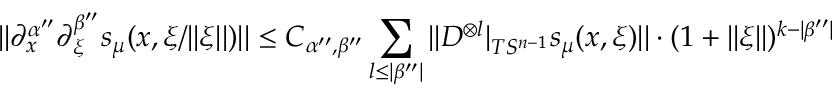
| | \partial _ { x } ^ { \alpha ^ { \prime \prime } } \partial _ { \xi } ^ { \beta ^ { \prime \prime } } s _ { \mu } ( x , \xi / | | \xi | | ) | | \leq C _ { \alpha ^ { \prime \prime } , \beta ^ { \prime \prime } } \sum _ { l \leq | \beta ^ { \prime \prime } | } | | D ^ { \otimes l } | _ { T S ^ { n - 1 } } s _ { \mu } ( x , \xi ) | | \cdot ( 1 + | | \xi | | ) ^ { k - | \beta ^ { \prime \prime } | }